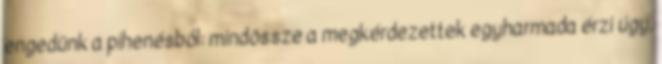
engedünk a pihenésből: mindössze a megkérdezettek egyharmada érzi úgy,